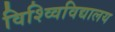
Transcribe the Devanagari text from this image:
विश्व्विविद्यालय